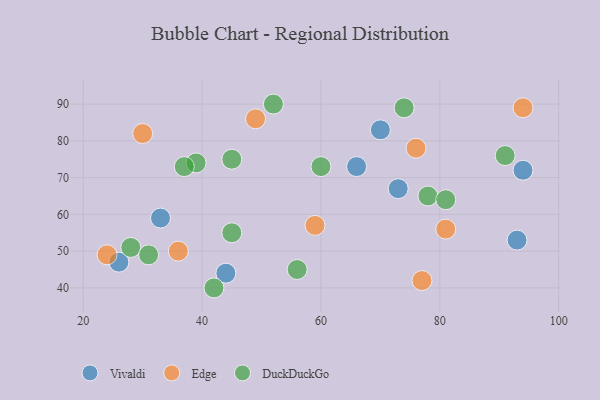
{"axis": {"x": "GDP", "y": "Life Expectancy"}, "legend": ["DuckDuckGo", "Edge", "Vivaldi"], "data": [{"x": "94", "y": 72, "type": "Vivaldi"}, {"x": "66", "y": 73, "type": "Vivaldi"}, {"x": "73", "y": 67, "type": "Vivaldi"}, {"x": "26", "y": 47, "type": "Vivaldi"}, {"x": "44", "y": 44, "type": "Vivaldi"}, {"x": "93", "y": 53, "type": "Vivaldi"}, {"x": "33", "y": 59, "type": "Vivaldi"}, {"x": "70", "y": 83, "type": "Vivaldi"}, {"x": "49", "y": 86, "type": "Edge"}, {"x": "59", "y": 57, "type": "Edge"}, {"x": "77", "y": 42, "type": "Edge"}, {"x": "36", "y": 50, "type": "Edge"}, {"x": "76", "y": 78, "type": "Edge"}, {"x": "30", "y": 82, "type": "Edge"}, {"x": "81", "y": 56, "type": "Edge"}, {"x": "94", "y": 89, "type": "Edge"}, {"x": "24", "y": 49, "type": "Edge"}, {"x": "56", "y": 45, "type": "DuckDuckGo"}, {"x": "28", "y": 51, "type": "DuckDuckGo"}, {"x": "45", "y": 75, "type": "DuckDuckGo"}, {"x": "45", "y": 55, "type": "DuckDuckGo"}, {"x": "60", "y": 73, "type": "DuckDuckGo"}, {"x": "91", "y": 76, "type": "DuckDuckGo"}, {"x": "78", "y": 65, "type": "DuckDuckGo"}, {"x": "39", "y": 74, "type": "DuckDuckGo"}, {"x": "31", "y": 49, "type": "DuckDuckGo"}, {"x": "52", "y": 90, "type": "DuckDuckGo"}, {"x": "37", "y": 73, "type": "DuckDuckGo"}, {"x": "74", "y": 89, "type": "DuckDuckGo"}, {"x": "42", "y": 40, "type": "DuckDuckGo"}, {"x": "81", "y": 64, "type": "DuckDuckGo"}]}